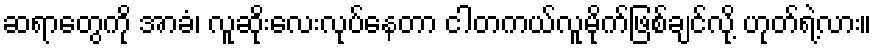
ဆရာတွေကို အာခံ၊ လူဆိုးလေးလုပ်နေတာ ငါတကယ်လူမိုက်ဖြစ်ချင်လို့ ဟုတ်ရဲ့လား။